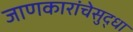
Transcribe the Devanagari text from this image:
जाणकारांचेसुद्धा